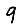
Digit: 9